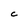
Character: C